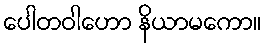
ပေါတဝါဟော နိယာမကော။